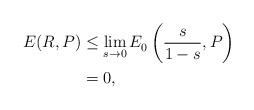
LaTeX: \begin{align*}E(R,P) & \leq \lim_{s \to 0} E_0^{}\left(\frac{s}{1-s},P\right) \\& = 0,\end{align*}